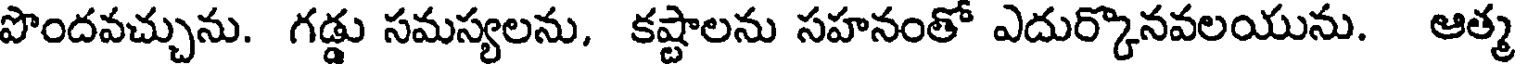
పొందవచ్చును. గడ్డు సమస్యలను, కష్టాలను సహనంతో ఎదుర్కొనవలయును. ఆత్మ